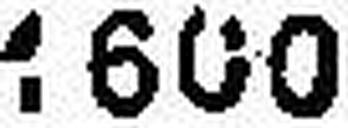
1600